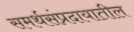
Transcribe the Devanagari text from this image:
समर्थसंप्रदायातील